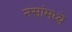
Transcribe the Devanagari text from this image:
नसांमध्ये